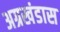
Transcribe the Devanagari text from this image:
अग्रखंडास